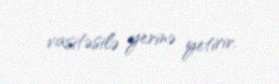
vasitəsilə yerinə yetirir.